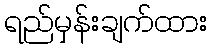
ရည်မှန်းချက်ထား